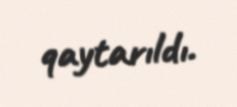
qaytarıldı.